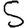
Digit: 5